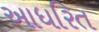
આધરિત